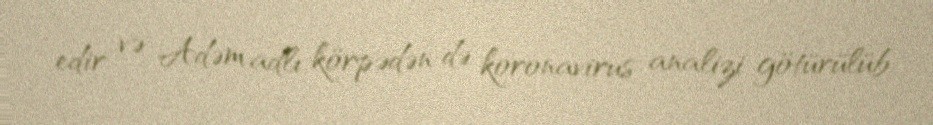
edir və Adəm adlı körpədən də koronavirus analizi götürülüb.